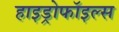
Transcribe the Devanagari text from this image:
हाइड्रोफॉइल्स